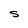
Character: s